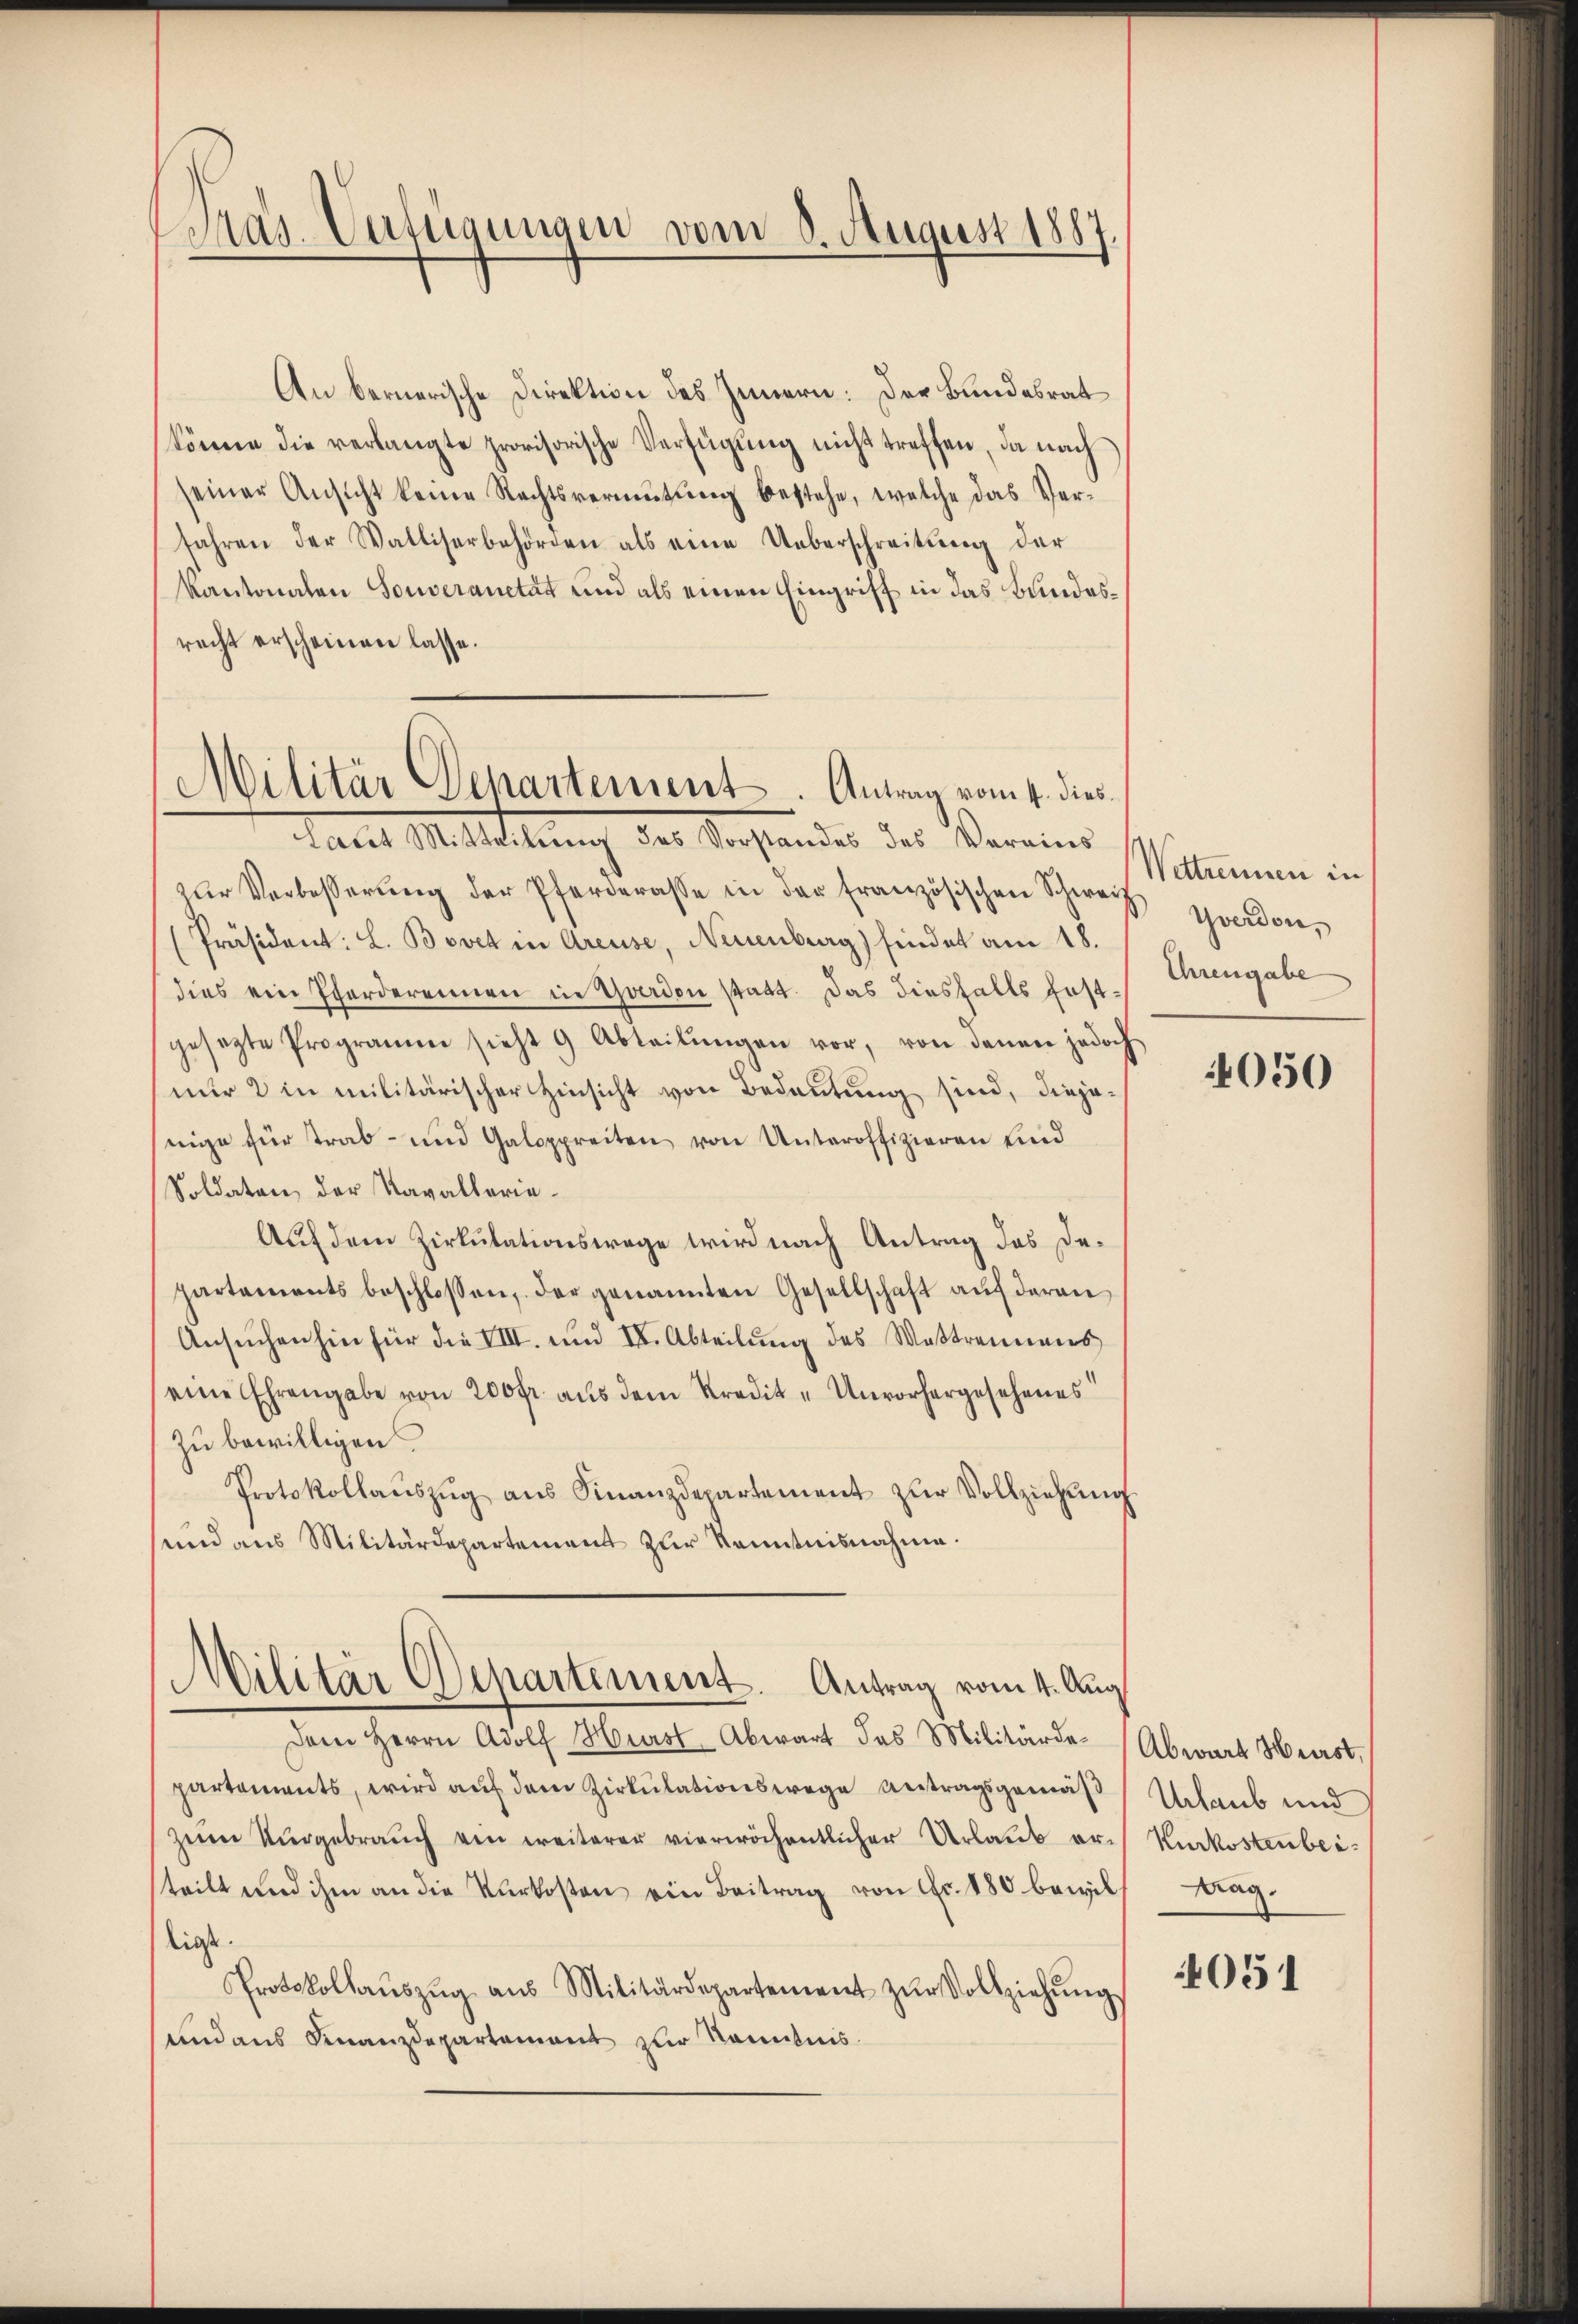
Pras-Verfügungen vom 8. August 1887

An bernerische Direktion des Innern: Der Bundesrat
könne die verlangte provisorische Verfügŭng nicht treffen, da nach
seiner Ansicht keine Rechtsvermutung bestehe, welche das Verfahren der Walliserbehörden als eine Ueberschreitung der
Kantonalen Souveranetät und als einen Eingriff in das Bundesrecht erscheinen lasse.
Laut Mitteilung des Vorstandes des Vereins
zŭr Verbesserŭng der Pferderasse in der französischen Schweiz gradon,
Präsident: L. Bovet in Areuse, Neuenburg) findet am 18.
dies ein Pforderennen in Yverdon statt. Das diesfalls festgesetzte Programm sieht 9 Abteilŭngen vor, von denen jedoch
nur 2 in militärischer Hinsicht von Bedeutung sind, diejenige für strab- und Galoppreiten von Unteroffizieren und
Soldaten der Kavallerie¬
Auf dem Zirkulationsfrage wird nach Antrag das Departements beschlossen, der genannten Gesellschaft aŭf deren
Ansŭchenhin für die VIII. und II. Abteilŭng des Wastrennens
eine Ehrengabe von 200fr. aŭs dem Kredit-Unvorhergesehenes
zu bewilligen
Protokollaŭszŭg aŭs Finanzdepartement zŭr Vollziehŭng
sund aus Militärdepartement zur Kenntnisnahme.

Militär Departement. Antrag vom 4. dies

Militär Departement. Antrag vom 4. Aug.

Dem Herrn Adolf Hurst Abwart das Militärde-Abwart Herst,
partements, wird auf dem Zirkulationswege Antragsgemäß
zum Nirgebrauch ein weiterer vierwöchentlicher Urlaub ersteilt und ihm an die Verkosten ein Beitrag von Fr. 180 bewil
ligt.
Protokollaŭszŭg aŭs Militärdepartement zŭr Vollziehŭng
sund aus Finanzdepartement zur Kenntnis.

Wettrennen in
Ehrengabe

4050

Urlaub und
Kurkostenbeitag.

051